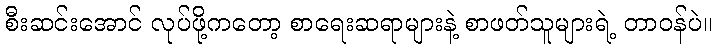
စီးဆင်းအောင် လုပ်ဖို့ကတော့ စာရေးဆရာများနဲ့ စာဖတ်သူများရဲ့ တာဝန်ပဲ။